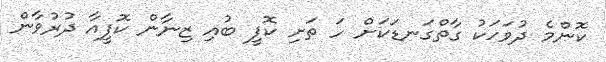
ކޮންމެ ދުވަހަކު ގާތްގަނޑަކަށް ހަ ތަށި ކޮފީ ބުއި ޒިނާން ކޮފީއާ ދުރުވާން